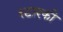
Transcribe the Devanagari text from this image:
स्टारकी